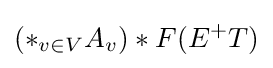
(\ast _{v\in V}A_{v})*F(E^{+}T)